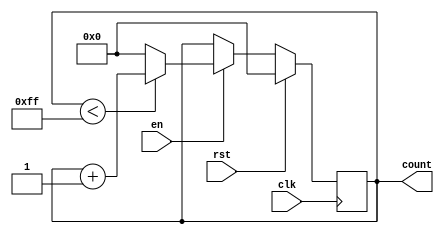
module IncrementalCounter (
    input wire clk,        // Clock signal
    input wire rst,        // Synchronous reset signal
    input wire en,         // Enable signal
    output reg [7:0] count // 8-bit counter output (adjust width as needed)
);

    // Define the maximum count value (for overflow handling)
    parameter MAX_COUNT = 255; // 8-bit counter max value

    // Synchronous reset and counting logic
    always @(posedge clk) begin
        if (rst) begin
            count <= 8'b0; // Reset count to 0
        end else if (en) begin
            if (count < MAX_COUNT) begin
                count <= count + 1; // Increment count
            end else begin
                count <= 8'b0; // Wrap around on overflow
            end
        end
    end

endmodule